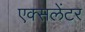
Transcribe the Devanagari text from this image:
एक्सलेंटर